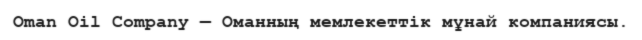
Oman Oil Company — Оманның мемлекеттік мұнай компаниясы.